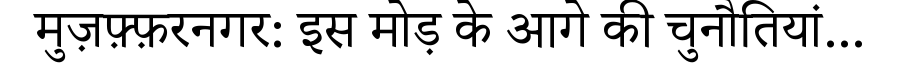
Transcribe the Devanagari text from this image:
मुज़फ़्फ़रनगर: इस मोड़ के आगे की चुनौतियां...